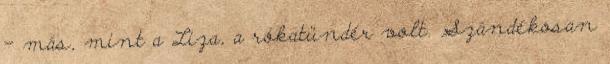
– más, mint a Liza, a rókatündér volt. Szándékosan